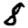
Digit: 8